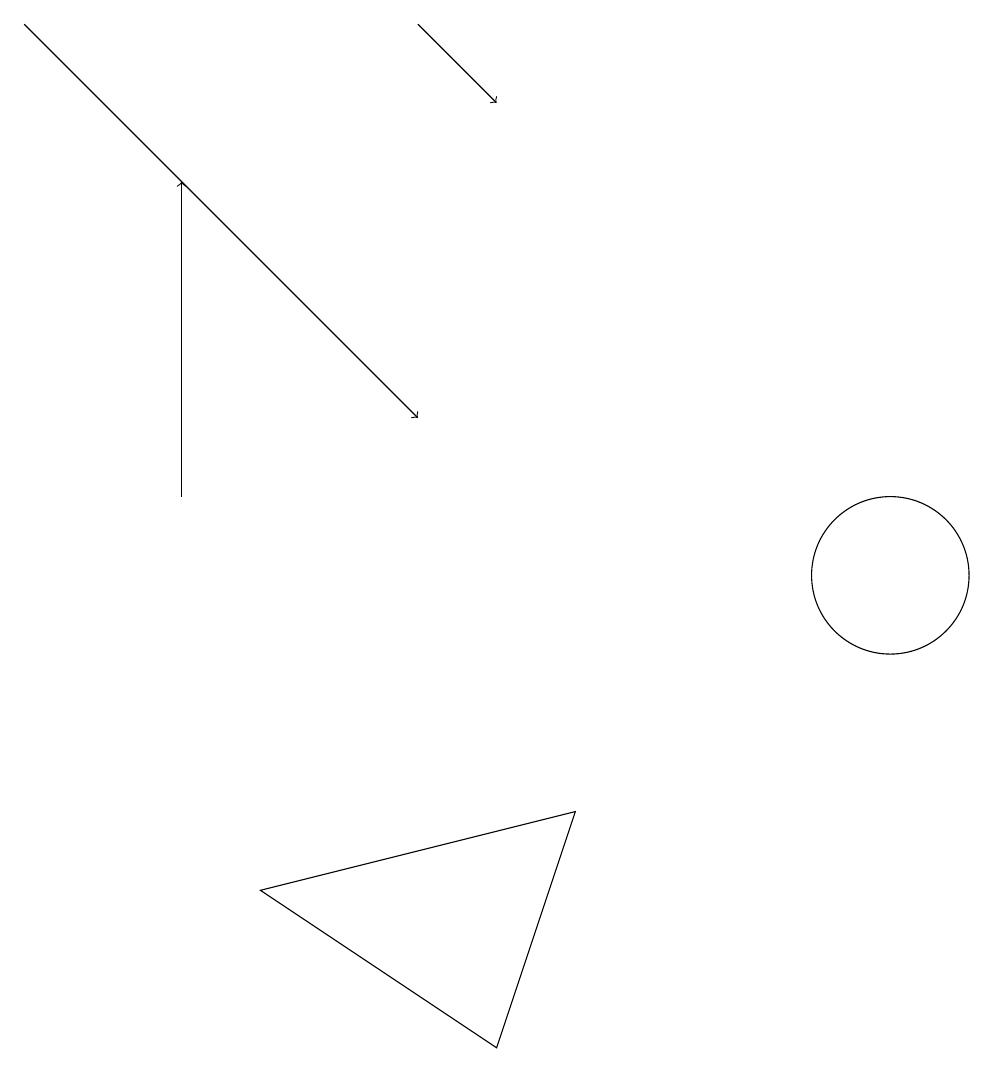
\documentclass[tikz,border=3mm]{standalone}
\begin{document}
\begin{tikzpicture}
\draw[->] (2,12) -- (2,16);
\draw (3,7) -- (7,8) -- (6,5) -- cycle;
\draw (11,11) circle (1);
\draw[->] (5,18) -- (6,17);
\draw[->] (0,18) -- (5,13);
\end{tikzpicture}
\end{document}